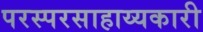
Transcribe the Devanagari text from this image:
परस्परसाहाय्यकारी